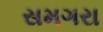
સમગરા